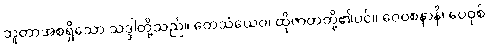
ဘူတာအစရှိသော သဒ္ဒါတို့သည်။ တေသံယေဝ၊ ထိုဇာတတို့၏ပင်။ ဝေဝစနာနိ၊ ဝေဝုစ်